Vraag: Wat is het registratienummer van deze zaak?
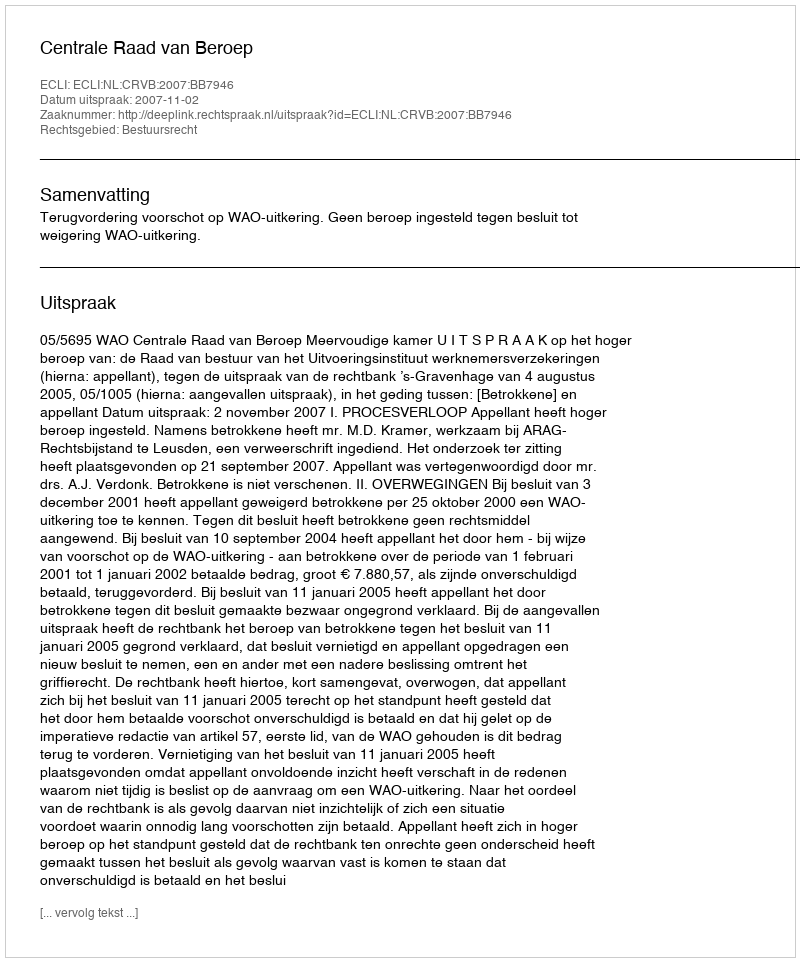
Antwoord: http://deeplink.rechtspraak.nl/uitspraak?id=ECLI:NL:CRVB:2007:BB7946